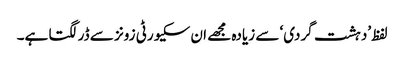
لفظ ’دہشت گردی‘ سے زیادہ مجھے ان سکیورٹی زونز سے ڈر لگتا ہے۔